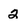
Character: 2